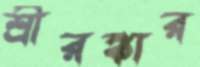
শ্রীরঙ্কার